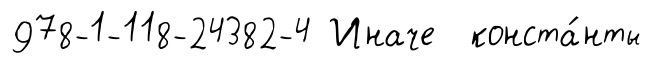
978-1-118-24382-4 Иначе конста́нты